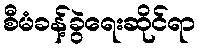
စီမံခန့်ခွဲရေးဆိုင်ရာ